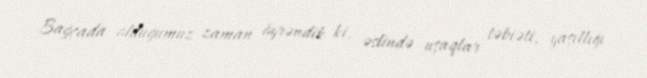
Bağçada olduğumuz zaman öyrəndik ki, əslində uşaqlar təbiəti, yaşıllığı